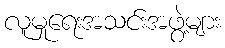
လူမှုရေးအသင်းအဖွဲ့များ